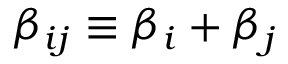
\beta _ { i j } \equiv \beta _ { i } + \beta _ { j }